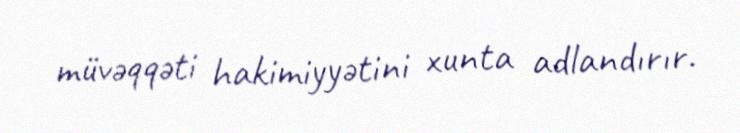
müvəqqəti hakimiyyətini xunta adlandırır.